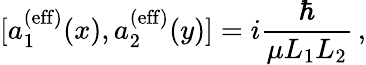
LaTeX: [a_{1}^{(\mathrm{eff})}(x),a_{2}^{(\mathrm{eff})}(y)]=i{\frac{\hbar}{\mu L_{1}L_{2}}}\, ,